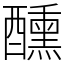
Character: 醺